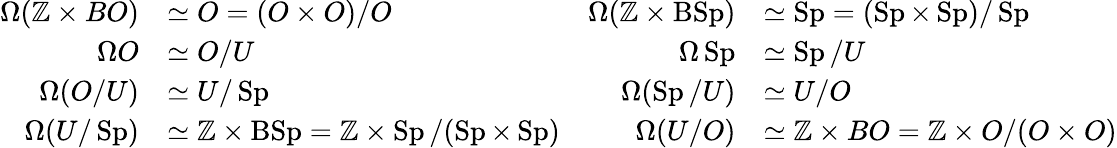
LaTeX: {\begin{array}{rlrl}{\Omega(\mathbb{Z}\times BO)}&{\simeq O=(O\times O)/O}&{\Omega(\mathbb{Z}\times\operatorname{BSp})}&{\simeq\operatorname{Sp}=(\operatorname{Sp}\times\operatorname{Sp})/\operatorname{Sp}}\\ {\Omega O}&{\simeq O/U}&{\Omega\operatorname{Sp}}&{\simeq\operatorname{Sp}/U}\\ {\Omega(O/U)}&{\simeq U/\operatorname{Sp}}&{\Omega(\operatorname{Sp}/U)}&{\simeq U/O}\\ {\Omega(U/\operatorname{Sp})}&{\simeq\mathbb{Z}\times\operatorname{BSp}=\mathbb{Z}\times\operatorname{Sp}/(\operatorname{Sp}\times\operatorname{Sp})}&{\Omega(U/O)}&{\simeq\mathbb{Z}\times BO=\mathbb{Z}\times O/(O\times O)}\end{array}}